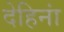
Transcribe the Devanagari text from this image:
देहिनां